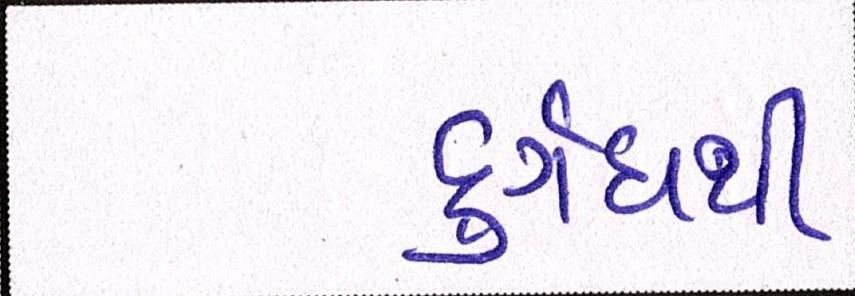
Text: દુર્ગંધથી